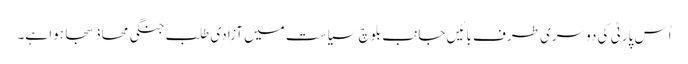
اُس پارٹی کی دوسری طرف بائیں جانب بلوچ سیاست میں آزادی طلب جنگی محاذ سجا ہوا ہے۔